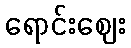
ရောင်းဈေး